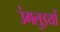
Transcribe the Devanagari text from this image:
उंगलुइयों